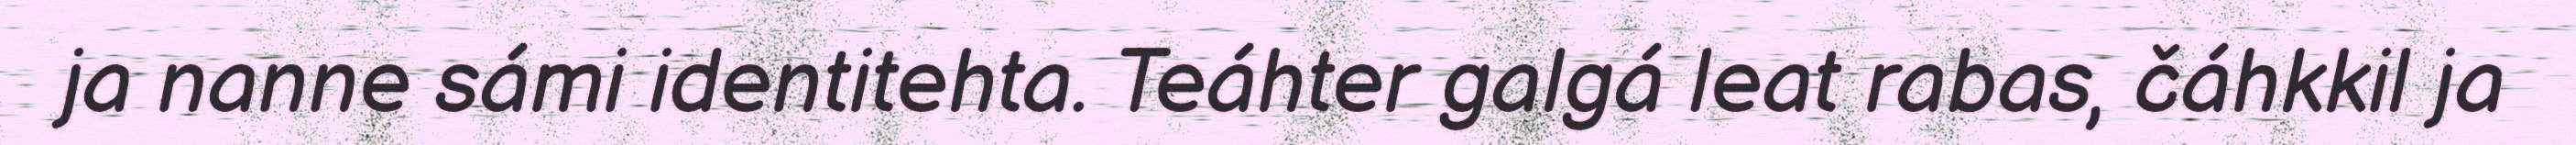
ja nanne sámi identitehta. Teáhter galgá leat rabas, čáhkkil ja